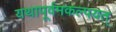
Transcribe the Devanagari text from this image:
यथापूर्वमकल्पयत्